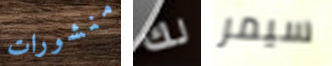
منشورات لك سيمر